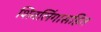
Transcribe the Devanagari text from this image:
शिवलिंगासहित